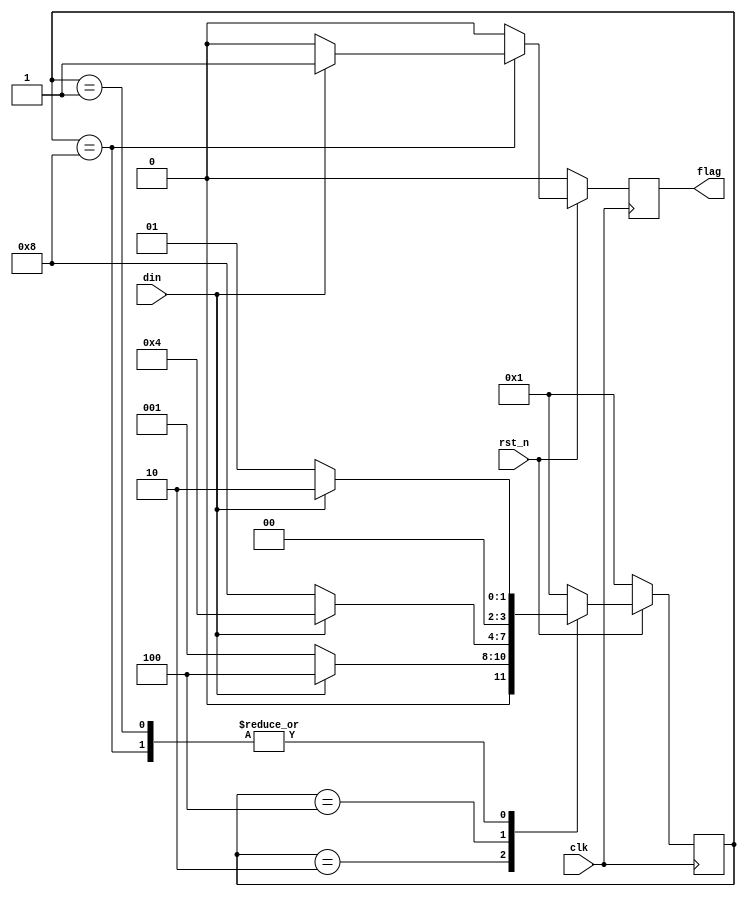
module seq_detect(output reg flag,input din,clk,rst_n);
  parameter A=4'b0001,B=4'b0010,C=4'b0100,D=4'b1000;
  reg [3:0] state;
  always @(negedge clk) begin
    if(~rst_n) begin flag <= 0;state<=A; end
    else begin
      case(state)
	A: if(din) begin 
	  	state <= B;
	  	flag <= 0;
              end 
	      else begin
	        state <= A;
	  	flag <= 0;
              end
   	B: if(din) begin 
	  	state <= C;
	  	flag <= 0;
              end 
	      else begin
	        state <= A;
	  	flag <= 0;
              end
	C: if(din) begin 
	  	state <= C;
	  	flag <= 0;
              end 
	      else begin
	        state <= D;
	  	flag <= 0;
              end
	D: if(din) begin 
	  	state <= B;
	  	flag <= 1;
              end 
	      else begin
	        state <= A;
	  	flag <= 0;
              end
	default: begin
	        state <=A;
	        flag <= 0;
	      end
	endcase
    end
  end



endmodule